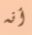
أنه